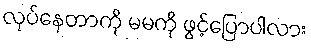
လုပ်နေတာကို မမကို ဖွင့်ပြောပါလား